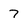
Character: 7